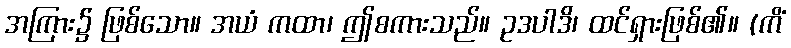
အကြား၌ ဖြစ်သော။ အယံ ကထာ၊ ဤစကားသည်။ ဥဒပါဒိ၊ ထင်ရှားဖြစ်၏။ (ကိံ